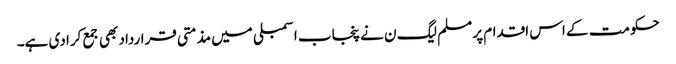
حکومت کے اس اقدام پر مسلم لیگ ن نے پنجاب اسمبلی میں مذمتی قرارداد بھی جمع کرا دی ہے۔